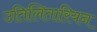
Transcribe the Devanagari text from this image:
उतिलितारियन